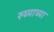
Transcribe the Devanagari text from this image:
रुघ्याच्या